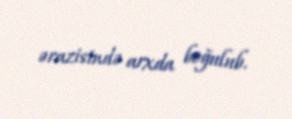
ərazisində arxda boğulub.